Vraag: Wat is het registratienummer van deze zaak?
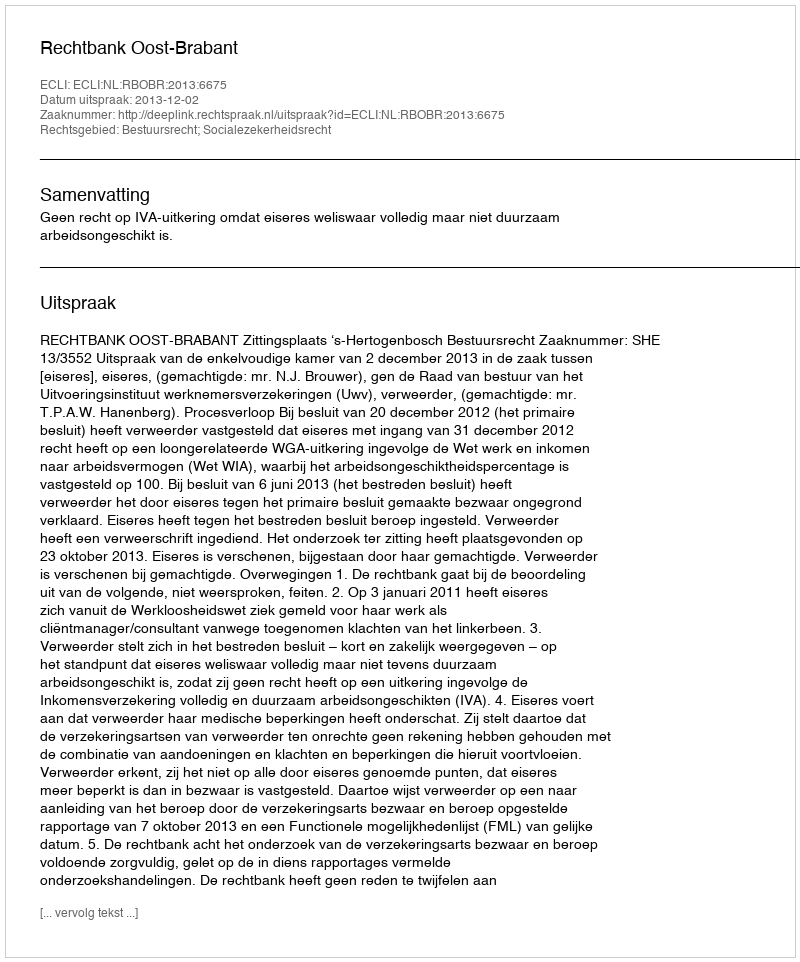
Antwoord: http://deeplink.rechtspraak.nl/uitspraak?id=ECLI:NL:RBOBR:2013:6675